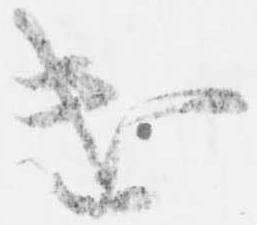
遣